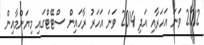
2012 ވަނަ އަހަރާއި އަދި 2014 ވަނަ އަހަރު ރާހައިން ސްޓޭޓްގައި މިޔަންމާއިން